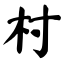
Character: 村